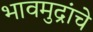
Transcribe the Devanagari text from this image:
भावमुद्रांचे